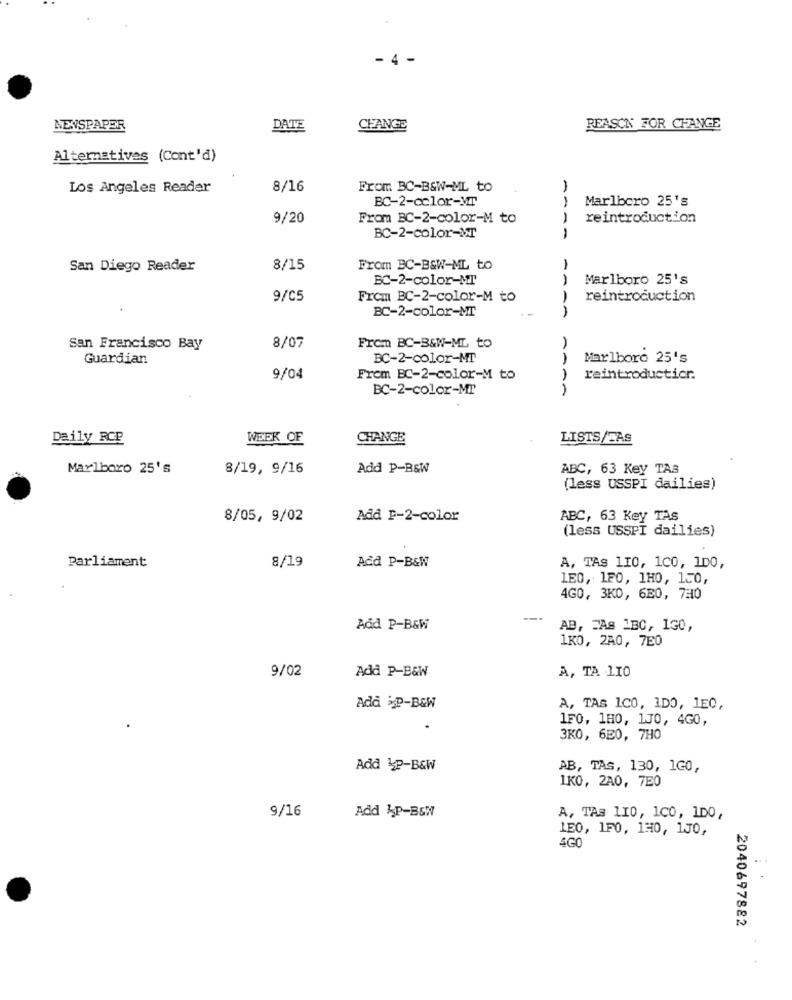
- 4 -
NEWSPAPER
DATE
CHANGE
REASON FOR CHANGE
Alternatives (Cont'd)
Los Angeles Reader
8/16
From BC-B&W-ML to
BC-2-color-Mr
Marlboro 25's
9/20
From BC-2-color-M to
reintroduction
BC-2-color-MT
A4A-
San Diego Reader
8/15
From BC-B&W-ML to
BC-2-color-MT
Marlboro 25's
9/05
Frem BC-2-color-M to
reintroduction
BC-2-color-MT
AAA
San Francisco Bay
8/07
From BC-B&W-ML to
Guardian
BC-2-color-MT
AA
Marlboro 25's
9/04
From BC-2-color-M to
reintroducticr.
BC-2-color-MT
AA
Daily RCP
WEEK OF
CHANGE
LISTS/FAS
Marlboro 25's
8/19, 9/16
Add P-B&W
ABC, 63 Key TAB
(less USSPI dailies)
8/05, 9/02
Add P-2-color
ABC, 63 Key TAS
(less USSPI dailies)
Parliament
8/19
Add P-B&W
A, TAS 110, 1C0, 100,
1E0, 1F0, 1H0, 150,
4GO, 3KO, 630, 7=10
Add P-B&W
AB, FAS 1BC, IGO,
1KO, 2A0, 7E0
9/02
Add P-B&W
A, TA 110
Add P-B&W
A, TAS 1C0, 1D0, 1E0,
1FO, 180, 1J0, 4G0,
3K0, 620, 7H0
Add 4P-B&W
AB, TAS, 130, 1G0,
1KO, 2A0, 7E0
9/16
Add KP-B&W
A, TAS 110, 1C0, 1D0,
LE0, 1F0, 130, 1J0,
4G0
2040697882